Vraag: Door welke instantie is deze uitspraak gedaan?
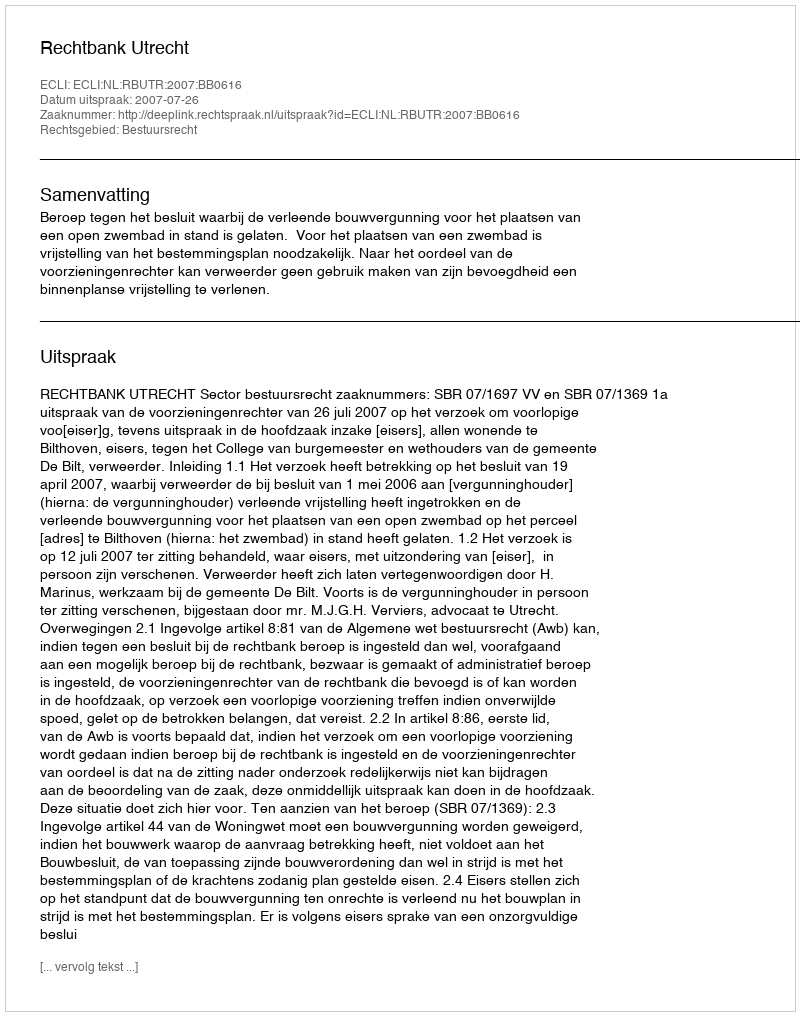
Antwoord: Rechtbank Utrecht